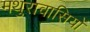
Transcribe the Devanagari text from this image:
मथुरावासियों